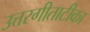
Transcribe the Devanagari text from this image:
उत्तरगीताटीका